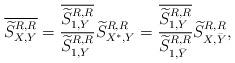
LaTeX: \begin{align*} \overline{\widetilde{S}^{R,R}_{X,Y}}= \frac{\overline{\widetilde{S}^{R,R}_{1,Y}}}{\widetilde{S}^{R,R}_{1,Y}}\widetilde{S}^{R,R}_{X^*,Y}= \frac{\overline{\widetilde{S}^{R,R}_{1,Y}}}{\widetilde{S}^{R,R}_{1,\bar{Y}}}\widetilde{S}^{R,R}_{X,\bar{Y}},\end{align*}